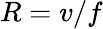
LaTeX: R=v/f